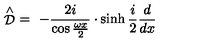
\stackrel { \wedge } { \cal D } \ = \ - \frac { 2 i } { \cos \frac { \omega x } 2 } \cdot \sinh { } \frac i 2 \frac d { d x }